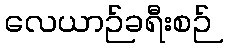
လေယာဉ်ခရီးစဉ်